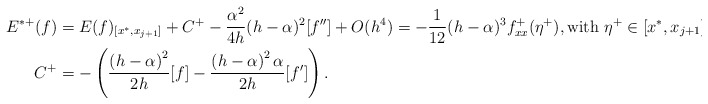
\begin{align*}\begin{aligned}E^{*+}(f)&=E(f)_{[x^*,x_{j+1}]}+C^+-\frac{\alpha^2}{4h}(h-\alpha)^2[f'']+O(h^4)=-\frac{1}{12}(h-\alpha)^3 f^+_{xx}(\eta^+),\textrm{with } \eta^+\in [x^*, x_{j+1}],\\C^+&=-\left({\frac { \left( h-{\alpha} \right)^2}{2h}} [f]-{\frac { \left( h-{\alpha} \right)^2\alpha }{2h}}[f']\right).\end{aligned}\end{align*}